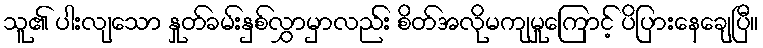
သူ၏ ပါးလျသော နှုတ်ခမ်းနှစ်လွှာမှာလည်း စိတ်အလိုမကျမှုကြောင့် ပိပြားနေချေပြီ။